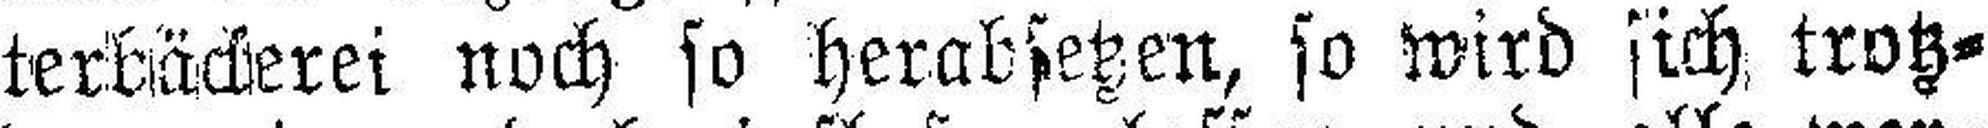
terbäckerei noch so herabsetzen, so wird sich trotz¬